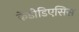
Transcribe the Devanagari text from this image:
केंडीडिएसिस